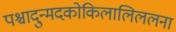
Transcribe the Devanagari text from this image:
पश्चादुन्मदकोकिलालिललना